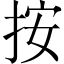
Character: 按